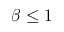
\beta \leq 1